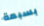
بسبعة